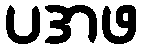
ပအဖ